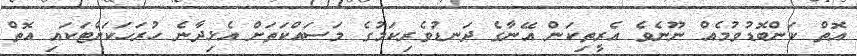
އޮތް ކަންބޮޑުވުމެއް ނޫނެވެ އެރީތިކަން އޭނާގެ ދަނޑުވެރިކަމުގެ މަސައްކަތަށް އެޅިދާނެ ހުރަހަކަށްޓަކައި އޮތް